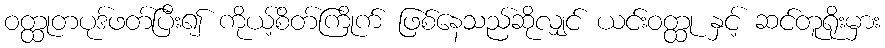
ဝတ္ထုတပုဒ်ဖတ်ပြီး၍ ကိုယ့်စိတ်ကြိုက် ဖြစ်နေသည်ဆိုလျှင် ယင်းဝတ္ထု နှင့် ဆင်တူရိုးမှား